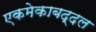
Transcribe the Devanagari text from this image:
एकमेकाबद्दल